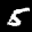
Label: 5